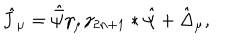
LaTeX: \hat { J } _ { \mu } = \hat { \bar { \psi } } \gamma _ { \mu } \gamma _ { 2 n + 1 } * \hat { \psi } + \hat { \Delta } _ { \mu } ,